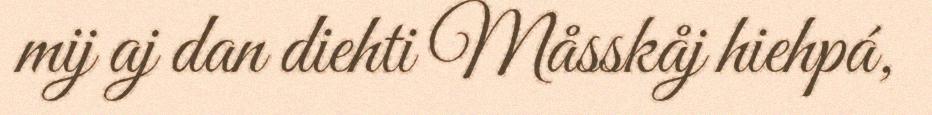
mij aj dan diehti Måsskåj hiehpá,